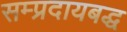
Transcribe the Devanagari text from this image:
सम्प्रदायबद्ध